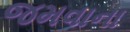
જમવાના